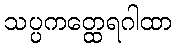
သပ္ပကတ္ထေရဂါထာ